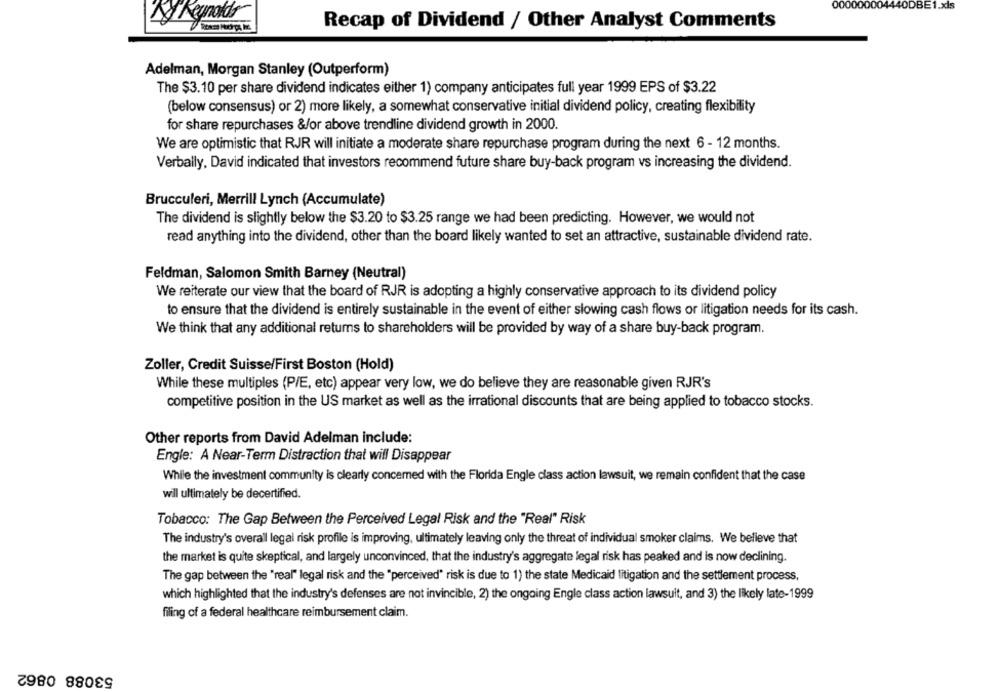
000000004440DBE1.xls
Ny Reynold
Recap of Dividend / Other Analyst Comments
Adelman, Morgan Stanley (Outperform)
The $3.10 per share dividend indicates either 1) company anticipates full year 1999 EPS of $3.22
(below consensus) or 2) more likely, a somewhat conservative initial dividend policy, creating flexibility
for share repurchases &/or above trendline dividend growth in 2000.
We are optimistic that RJR will initiate a moderate share repurchase program during the next 6 - 12 months.
Verbally, David indicated that investors recommend future share buy-back program vs increasing the dividend.
Brucculeri, Merrill Lynch (Accumulate)
The dividend is slightly below the $3.20 to $3.25 range we had been predicting. However, we would not
read anything into the dividend, other than the board likely wanted to set an attractive, sustainable dividend rate.
Feldman, Salomon Smith Barney (Neutral)
We reiterate our view that the board of RJR is adopting a highly conservative approach to its dividend policy
to ensure that the dividend is entirely sustainable in the event of either slowing cash flows or litigation needs for its cash.
We think that any additional returns to shareholders will be provided by way of a share buy-back program.
Zoller, Credit Suisse/First Boston (Hold)
While these multiples (P/E, etc) appear very low, we do believe they are reasonable given RJR's
competitive position in the US market as well as the irrational discounts that are being applied to tobacco stocks.
Other reports from David Adelman include:
Engle: A Near-Term Distraction that will Disappear
While the investment community is clearly concerned with the Florida Engle class action lawsuit, we remain confident that the case
will ultimately be decertified.
Tobacco: The Gap Between the Perceived Legal Risk and the "Real" Risk
The industry's overall legal risk profile is improving, ultimately leaving only the threat of individual smoker claims. We believe that
the market is quite skeptical, and largely unconvinced, that the industry's aggregate legal risk has peaked and is now declining.
The gap between the "real" legal risk and the "perceived" risk is due to 1) the state Medicaid litigation and the settlement process,
which highlighted that the industry's defenses are not invincible, 2) the ongoing Engle class action lawsuit, and 3) the likely late-1999
filing of a federal healthcare reimbursement claim.
53088 0862